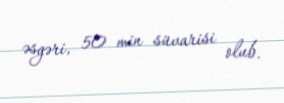
əsgəri, 50 min süvarisi olub.